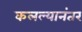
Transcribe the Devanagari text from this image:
कलल्यानंतर